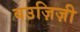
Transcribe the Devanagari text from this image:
बउज़िज़ी